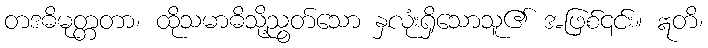
တဒဓိမုတ္တတာ၊ ထိုသမာဓိသို့ညွတ်သော နှလုံးရှိသောသူ၏ အဖြစ်၎င်း။ ဣတိ၊